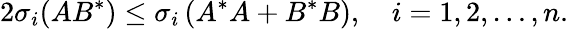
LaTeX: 2\sigma_{i}(AB^{*})\leq\sigma_{i}\left(A^{*}A+B^{*}B\right),\quad i=1,2,\ldots,n.